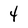
Character: 4